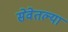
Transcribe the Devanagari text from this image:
सेवेतल्या